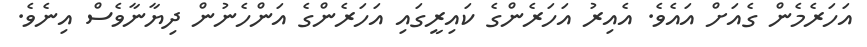
އަހަރެމެން ގެއަށް އައެވެ. އެއިރު އަހަރެންގެ ކައިރީގައި އަހަރެންގެ އަންހެނުން ދިޔާނާވެސް އިނެވެ.